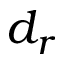
d _ { r }